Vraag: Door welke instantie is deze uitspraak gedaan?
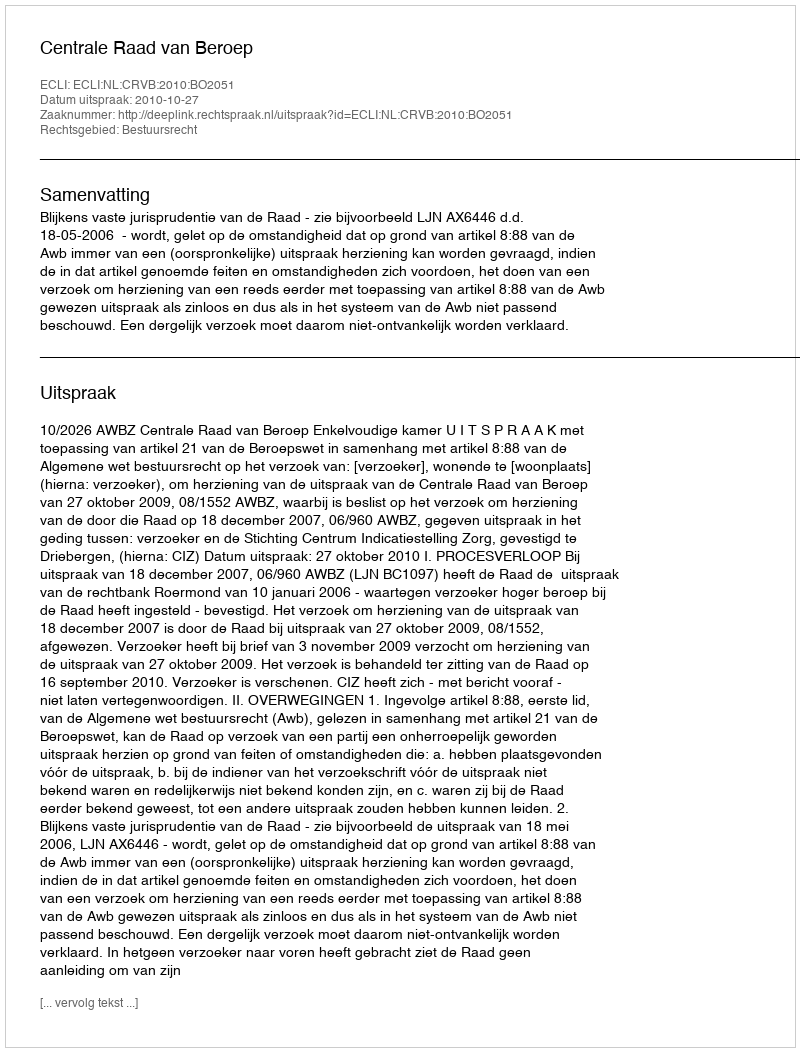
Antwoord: Centrale Raad van Beroep